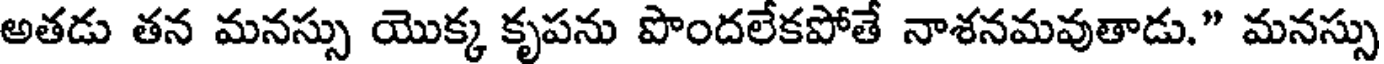
అతడు తన మనస్సు యొక్క కృపను పొందలేకపోతే నాశనమవుతాడు." మనస్సు